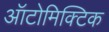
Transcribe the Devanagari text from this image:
ऑटोमिक्टिक